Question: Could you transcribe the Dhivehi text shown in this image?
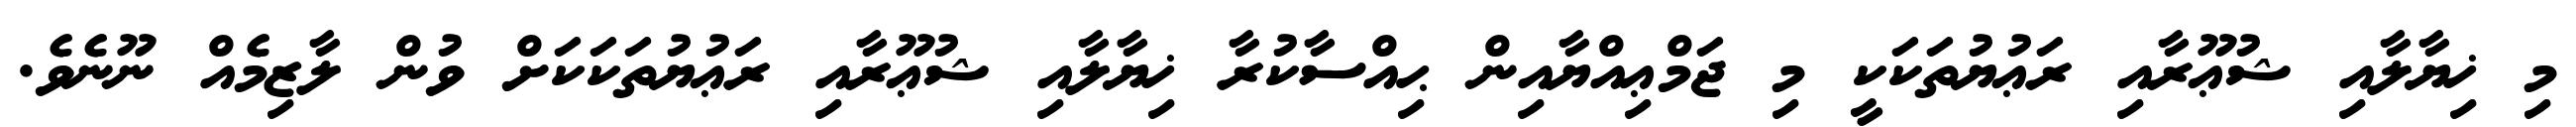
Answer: މި ޚިޔާލާއި ޝުޢޫރާއި ރަޢުޔުތަކަކީ މި ޖަމްޢިއްޔާއިން ޙިއްސާކުރާ ޚިޔާލާއި ޝުޢޫރާއި ރަޢުޔުތަކަކަށް ވުން ލާޒިމެއް ނޫނެވެ.